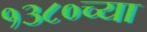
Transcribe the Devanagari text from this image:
१३८०च्या